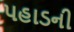
પહાડની